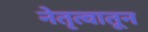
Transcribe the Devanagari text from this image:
नेतृत्वातून